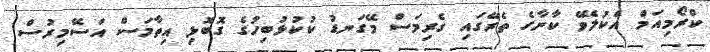
ކްރޯމިއަމް އެކުލެވޭ ކާނާގެ ތެރޭގައި ގެރިމަސް މޭގަނޑު ކުކުޅުބިހުގެ ގޮބޮޅި އިތާމަސް އަސޭމިރުސް